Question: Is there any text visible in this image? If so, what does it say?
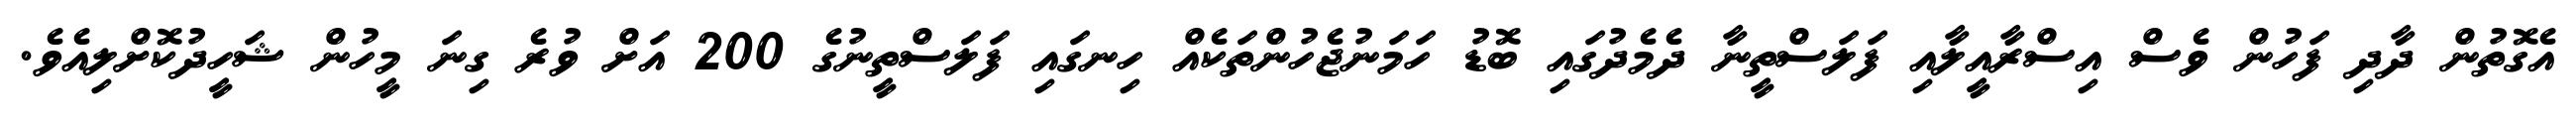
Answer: އެގޮތުން ދާދި ފަހުން ވެސް އިސްރާއީލާއި ފަލަސްތީނާ ދެމެދުގައި ބޮޑު ހަމަނުޖެހުންތަކެއް ހިނގައި ފަލަސްތީނުގެ 200 އަށް ވުރެ ގިނަ މީހުން ޝަހީދުކޮށްލިއެވެ.